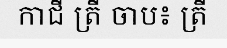
កាជី ត្រី ចាប៖ ត្រី